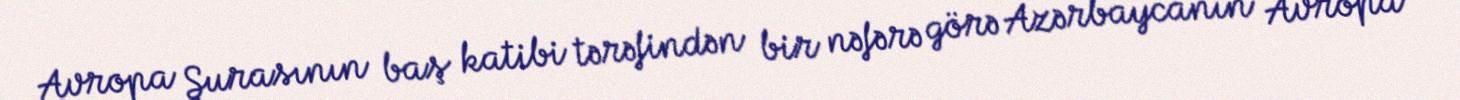
Avropa Şurasının baş katibi tərəfindən bir nəfərə görə Azərbaycanın Avropa